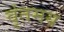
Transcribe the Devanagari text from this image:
वृंतमय